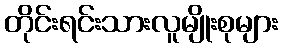
တိုင်းရင်းသားလူမျိုးစုများ